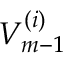
V _ { m - 1 } ^ { ( i ) }